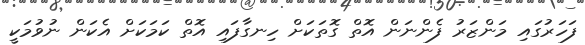
ފަހަރުގައި މަންޒަރު ފެންނަން އޮތް ގޮތަކަށް ހިނގާފައި އޮތް ކަމަކަށް އެކަން ނުވުމަކީ